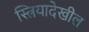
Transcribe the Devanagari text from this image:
स्त्रियादेखील